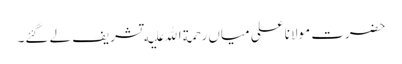
حضرت مولانا علی میاں رحمة الله علیه تشریف لے گئے۔